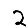
Digit: 2